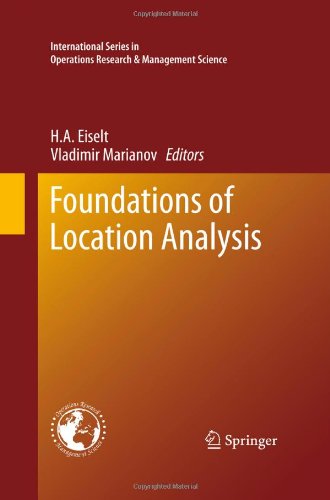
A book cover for Foundations of Location Analysis (International Series in Operations Research & Management Science); Business & Money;